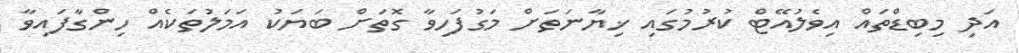
އަދި މިބިޑްތައް އިވެލުއޭޓް ކުރުމުގައި ޚިޔާނަތަށް މަގުފަހިވާ ގޮތަށް ބަޔަކު އަމަލުތަކެއް ހިންގާފައިވާ